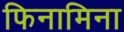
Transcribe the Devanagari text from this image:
फिनामिना